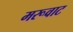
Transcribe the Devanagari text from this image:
मरूवाट